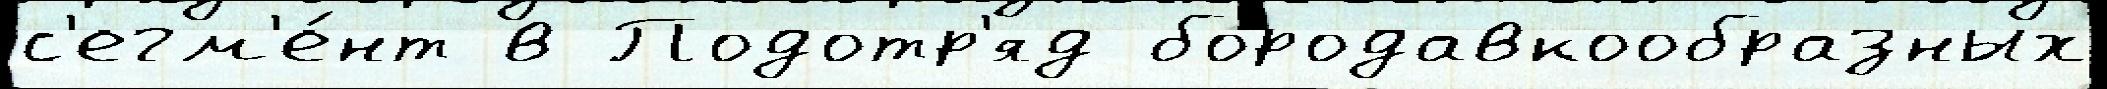
с'егм'е́нт в Подотр'яд бородавкообразных